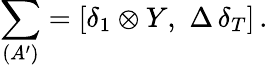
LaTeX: \sum_{(A^{\prime})}=[\delta_{1}\otimes Y,\, \, \Delta\, \delta_{T}]\, .